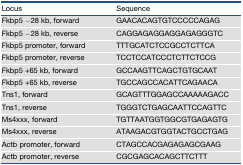
<table><thead><tr><td><b>Locus</b></td><td><b>Sequence</b></td></tr></thead><tbody><tr><td>Fkbp5 −28 kb, forward</td><td>GAACACAGTGTCCCCCAGAG</td></tr><tr><td>Fkbp5 −28 kb, reverse</td><td>CAGGAGAGGAGGAGAGGGTC</td></tr><tr><td>Fkbp5 promoter, forward</td><td>TTTGCATCTCCGCCTCTTCA</td></tr><tr><td>Fkbp5 promoter, reverse</td><td>TCCTCCATCCCTCTTCTCCG</td></tr><tr><td>Fkbp5 +65 kb, forward</td><td>GCCAAGTTCAGCTGTGCAAT</td></tr><tr><td>Fkbp5 +65 kb, reverse</td><td>TGCCAGCCACATTCAGAACA</td></tr><tr><td>Tns1, forward</td><td>GCAGTTTGGAGCCAAAAAGACC</td></tr><tr><td>Tns1, reverse</td><td>TGGGTCTGAGCAATTCCAGTTC</td></tr><tr><td>Ms4xxx, forward</td><td>TGTTAATGGTGGCGTGAGAGTG</td></tr><tr><td>Ms4xxx, reverse</td><td>ATAAGACGTGGTACTGCCTGAG</td></tr><tr><td>Actb promoter, forward</td><td>CTAGCCACGAGAGAGCGAAG</td></tr><tr><td>Actb promoter, reverse</td><td>CGCGAGCACAGCTTCTTT</td></tr></tbody></table>